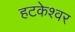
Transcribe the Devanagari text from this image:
हटकेश्वर